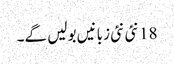
18 نئی نئی زبانیں بولیں گے۔